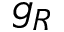
g _ { R }